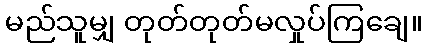
မည်သူမျှ တုတ်တုတ်မလှုပ်ကြချေ။